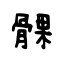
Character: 髁